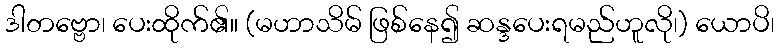
ဒါတဗ္ဗော၊ ပေးထိုက်၏။ (မဟာသိမ် ဖြစ်နေ၍ ဆန္ဒပေးရမည်ဟူလို၊) ယောပိ၊